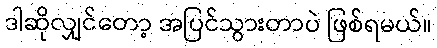
ဒါဆိုလျှင်တော့ အပြင်သွားတာပဲ ဖြစ်ရမယ်။